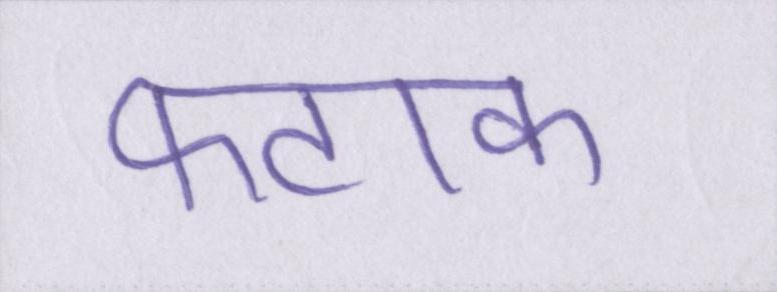
फटाक